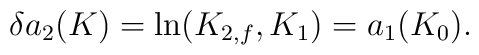
\delta a_2(K) = \hbox{ln}(K_{2,f}, K_1) = a_1(K_0).